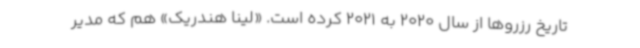
تاریخ رزروها از سال 2020 به 2021 کرده است. «لینا هندریک» هم که مدیر